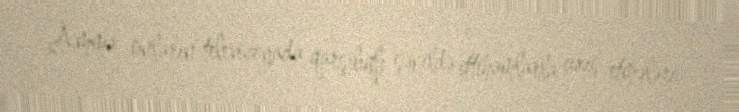
Amma onların televiziyada qarşılıqlı şəkildə ittihamlarla çıxış etmələri,